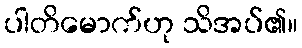
ပါတိမောက်ဟု သိအပ်၏။